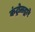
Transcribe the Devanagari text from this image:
कंट्रोलद्वारे